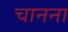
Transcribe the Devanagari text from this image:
चानना